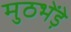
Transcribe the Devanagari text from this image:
मुठभेंड़े